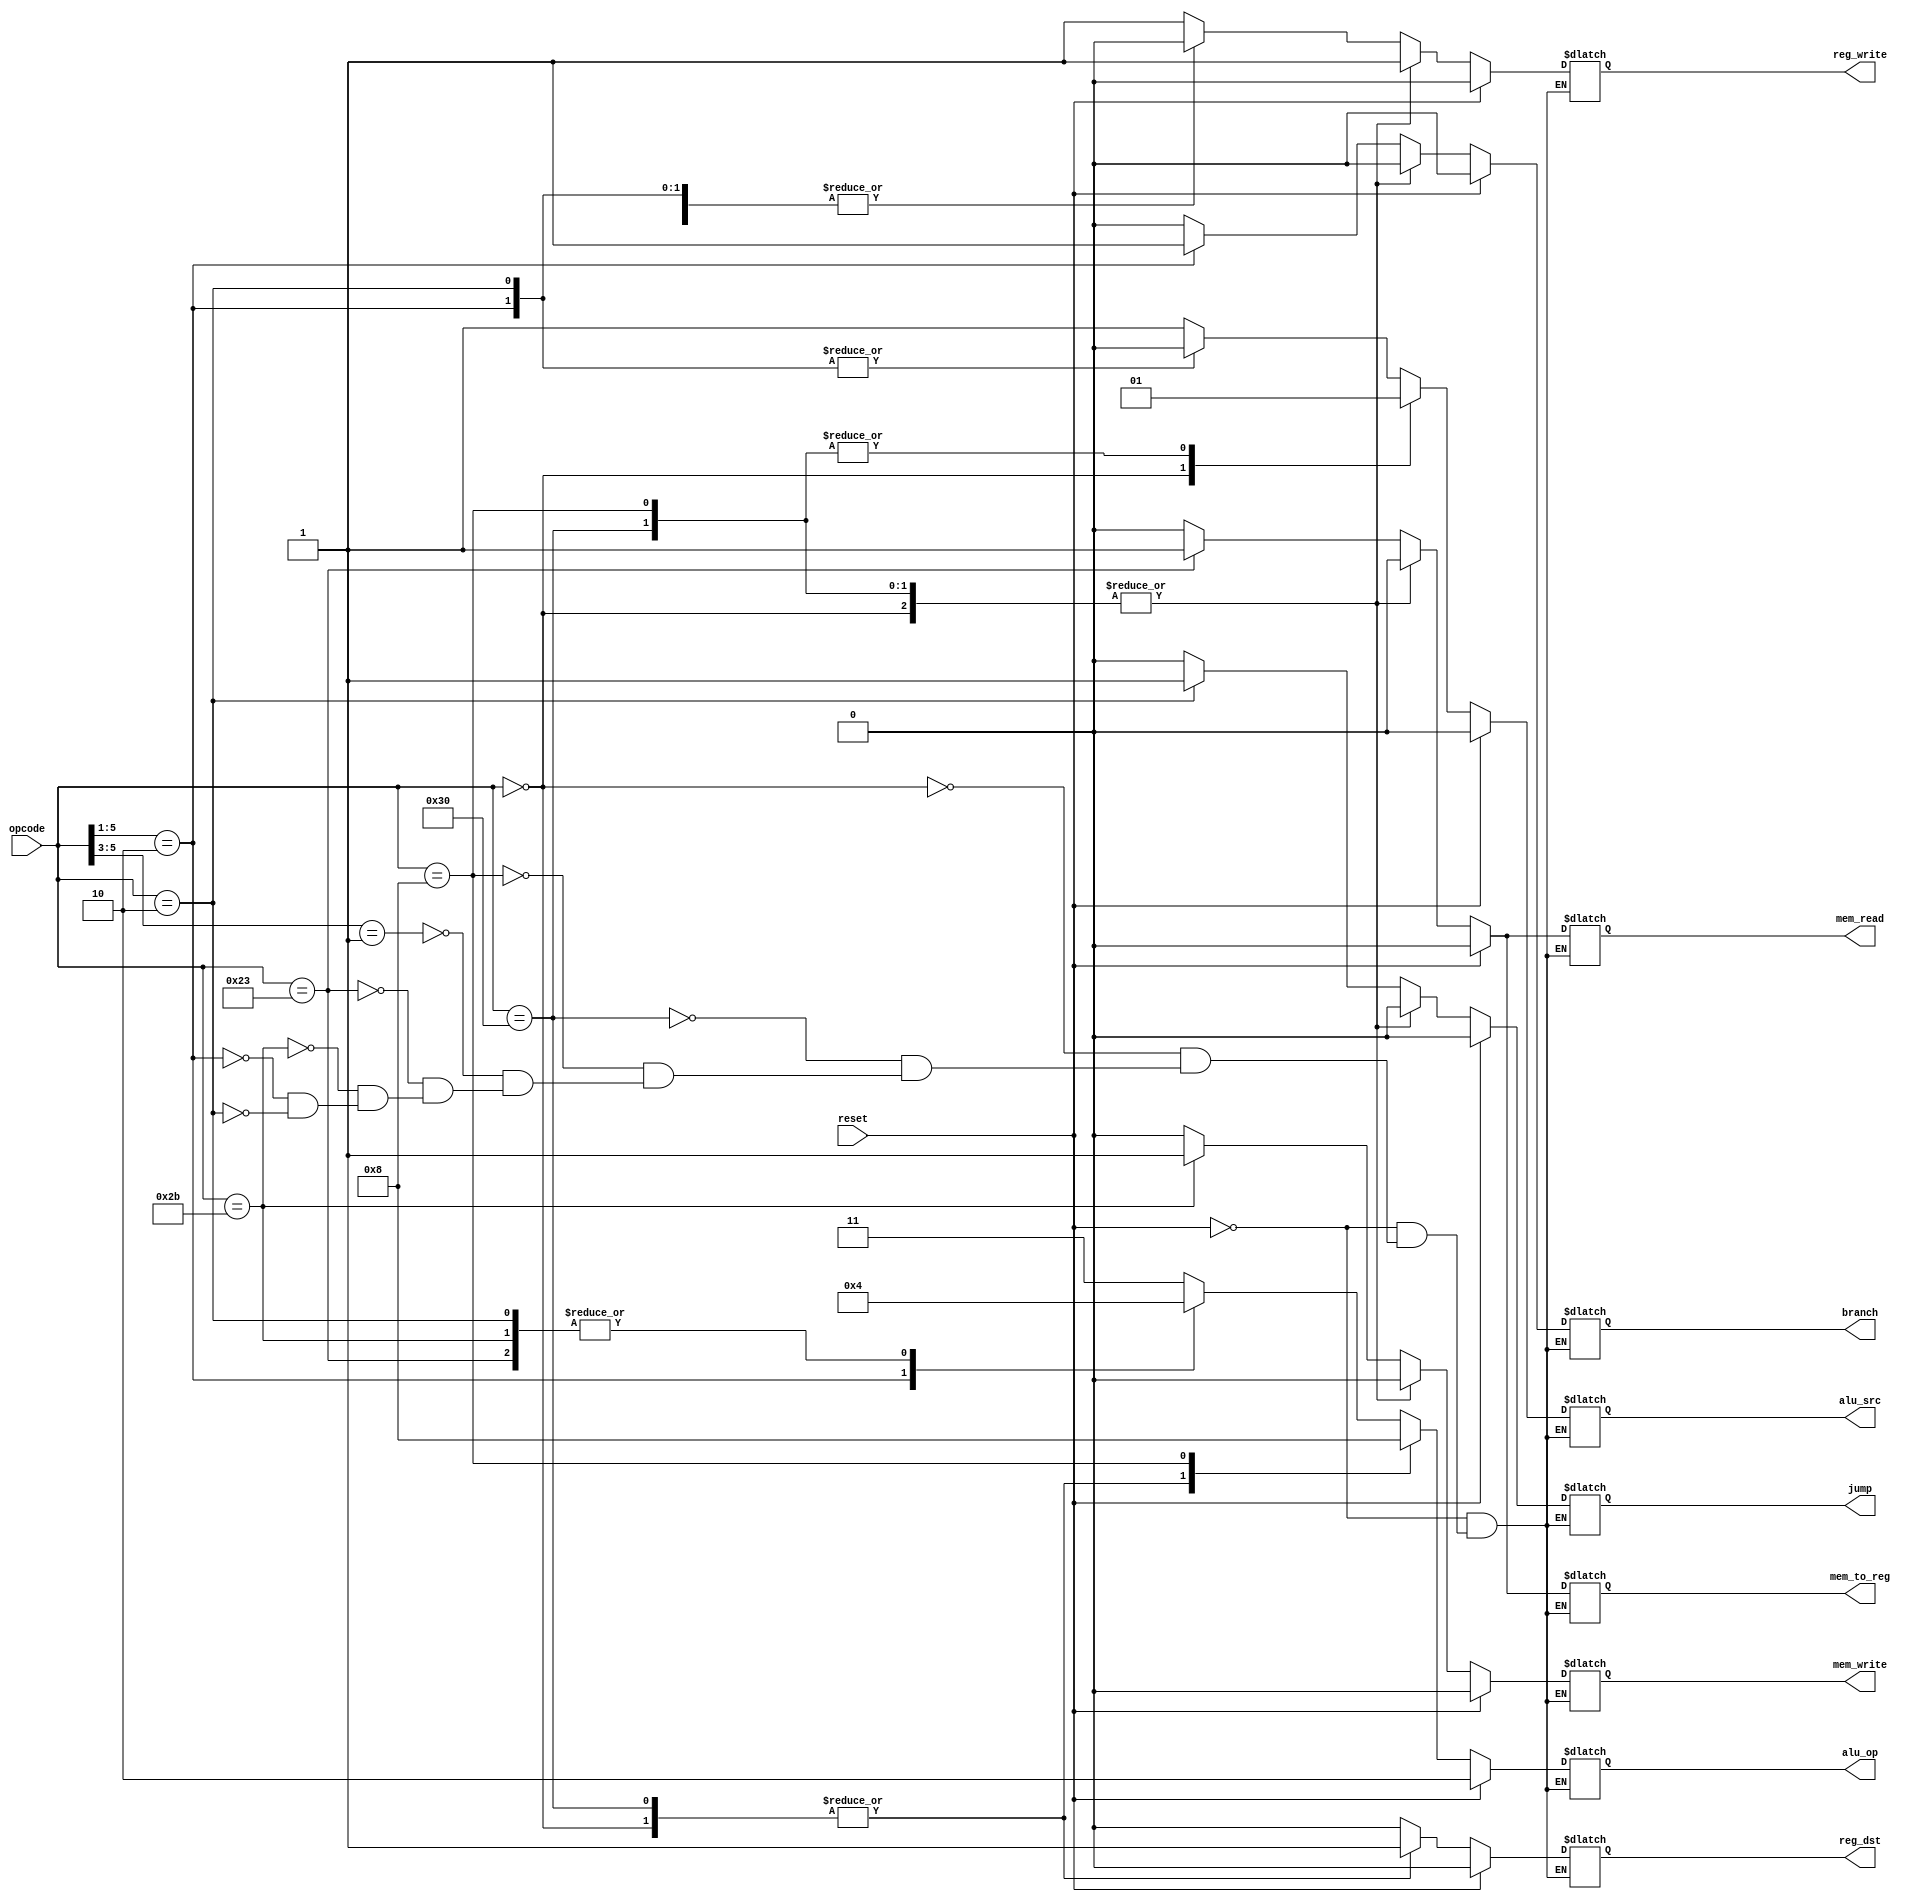
`timescale 1ns / 1ps


module control(
    input reset,
    input[5:0] opcode,  
    output reg reg_dst, mem_to_reg, 
    output reg [1:0] alu_op,  
    output reg mem_read, mem_write, alu_src, reg_write, branch, jump 
    );


always @(*)  
 begin  
      if(reset == 1'b1) begin  
                reg_dst = 1'b0;  
                mem_to_reg = 1'b0;  
                alu_op = 2'b10;  
                mem_read = 1'b0;  
                mem_write = 1'b0;  
                alu_src = 1'b0;  
                reg_write = 1'b0;  
                branch = 1'b0; 
                jump = 1'b0;    
      end  
      else begin  
      casex(opcode)   
      6'b000000: begin // add, and, or, sub, nor, slt, xor, mult, div  
                reg_dst = 1'b1;  
                mem_to_reg = 1'b0;  
                alu_op = 2'b10;  
                mem_read = 1'b0;  
                mem_write = 1'b0;  
                alu_src = 1'b0;  
                reg_write = 1'b1;
                branch = 1'b0; 
                jump = 1'b0;    
                end
                
      6'b110000: begin // sll, srl, sra  
                reg_dst = 1'b1;  
                mem_to_reg = 1'b0;  
                alu_op = 2'b10;  
                mem_read = 1'b0;  
                mem_write = 1'b0;  
                alu_src = 1'b1;  
                reg_write = 1'b1;
                branch = 1'b0; 
                jump = 1'b0;    
                end
                
      6'b001000: begin // addi 
                reg_dst = 1'b0;  
                mem_to_reg = 1'b0;  
                alu_op = 2'b00;  
                mem_read = 1'b0;  
                mem_write = 1'b0;  
                alu_src = 1'b1;  
                reg_write = 1'b1;
                branch = 1'b0; 
                jump = 1'b0;    
                end 
      
      6'b001xxx: begin // andi  
                reg_dst = 1'b0;  
                mem_to_reg = 1'b0;  
                alu_op = 2'b11;  
                mem_read = 1'b0;  
                mem_write = 1'b0;  
                alu_src = 1'b1;  
                reg_write = 1'b1; 
                branch = 1'b0; 
                jump = 1'b0;   
                end
      
      6'b100011: begin // lw  
                reg_dst = 1'b0;  
                mem_to_reg = 1'b1;  
                alu_op = 2'b00;    
                mem_read = 1'b1;  
                mem_write = 1'b0;  
                alu_src = 1'b1;  
                reg_write = 1'b1;   
                branch = 1'b0; 
                jump = 1'b0;
                end  
   
      6'b101011: begin // sw  
                reg_dst = 1'b0;  
                mem_to_reg = 1'b0;  
                alu_op = 2'b00;    
                mem_read = 1'b0;  
                mem_write = 1'b1;  
                alu_src = 1'b1;  
                reg_write = 1'b0;  
                branch = 1'b0; 
                jump = 1'b0;
                end 
       
       6'b00010x: begin // beq, bne
                reg_dst = 1'b0;  
                mem_to_reg = 1'b0;  
                alu_op = 2'b01;  
                mem_read = 1'b0;  
                mem_write = 1'b0;  
                alu_src = 1'b0;  
                reg_write = 1'b0;
                branch = 1'b1; 
                jump = 1'b0;    
                end 
                
       6'b000010: begin // jump
                reg_dst = 1'b0;  
                mem_to_reg = 1'b0;  
                alu_op = 2'b00;  
                mem_read = 1'b0;  
                mem_write = 1'b0;  
                alu_src = 1'b0;  
                reg_write = 1'b0;
                branch = 1'b0; 
                jump = 1'b1;    
                end 
      
      endcase  
      end  
 end 
 endmodule